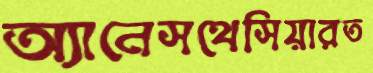
অ্যানেসথেসিয়ারত